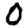
Digit: 0